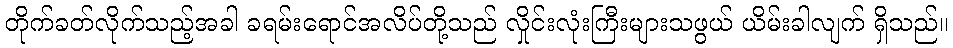
တိုက်ခတ်လိုက်သည့်အခါ ခရမ်းရောင်အလိပ်တို့သည် လှိုင်းလုံးကြီးများသဖွယ် ယိမ်းခါလျက် ရှိသည်။